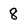
Character: 8